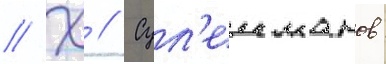
// Х // Сул'еиманов: